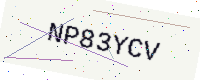
Text: NP83YCV